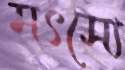
মৎস্যে